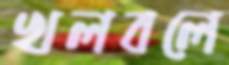
খলবলে